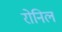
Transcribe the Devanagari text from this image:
रोनिल